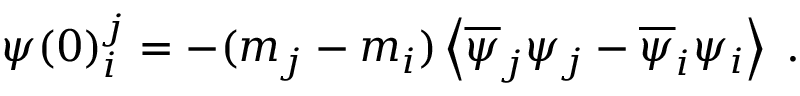
\psi ( 0 ) _ { i } ^ { j } = - ( m _ { j } - m _ { i } ) \left\langle \overline { { { \psi } } } _ { j } \psi _ { j } - \overline { { { \psi } } } _ { i } \psi _ { i } \right\rangle \; .